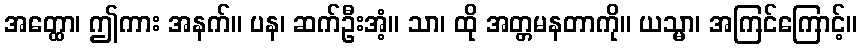
အတ္ထော၊ ဤကား အနက်။ ပန၊ ဆက်ဦးအံ့။ သာ၊ ထို အတ္တမနတာကို။ ယသ္မာ၊ အကြင်ကြောင့်။